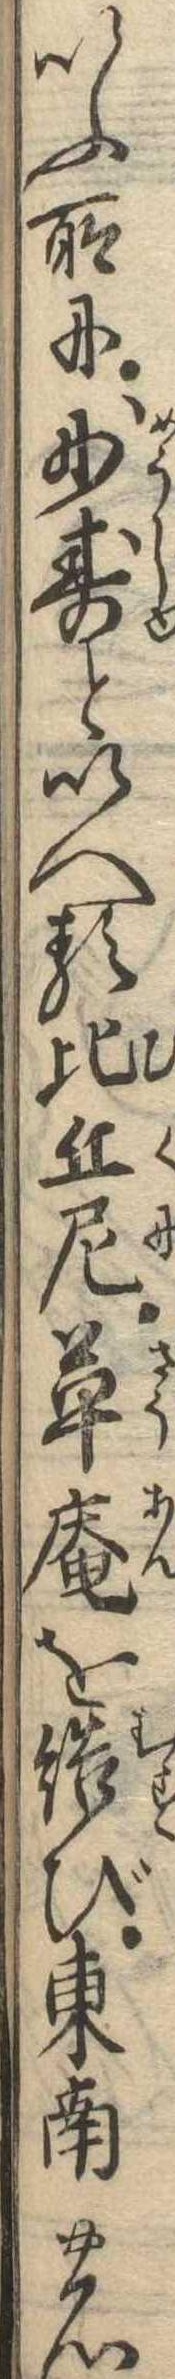
いふ所に妙寿といへる比丘尼草庵を結び東南の